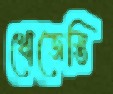
খোজেস্তি